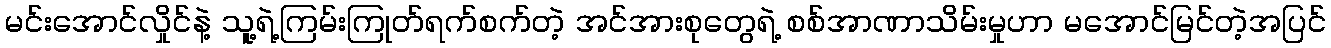
မင်းအောင်လှိုင်နဲ့ သူ့ရဲ့ကြမ်းကြုတ်ရက်စက်တဲ့ အင်အားစုတွေရဲ့ စစ်အာဏာသိမ်းမှုဟာ မအောင်မြင်တဲ့အပြင်